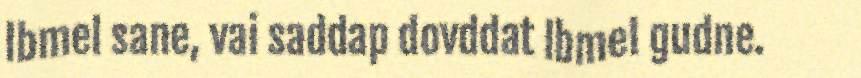
Ibmel sane, vai saddap dovddat Ibmel gudne.